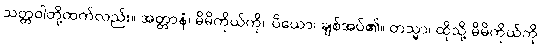
သတ္တဝါတို့ထက်လည်း။ အတ္တာနံ၊ မိမိကိုယ်ကို။ ပိယော၊ ချစ်အပ်၏။ တသ္မာ၊ ထိုသို့ မိမိကိုယ်ကို